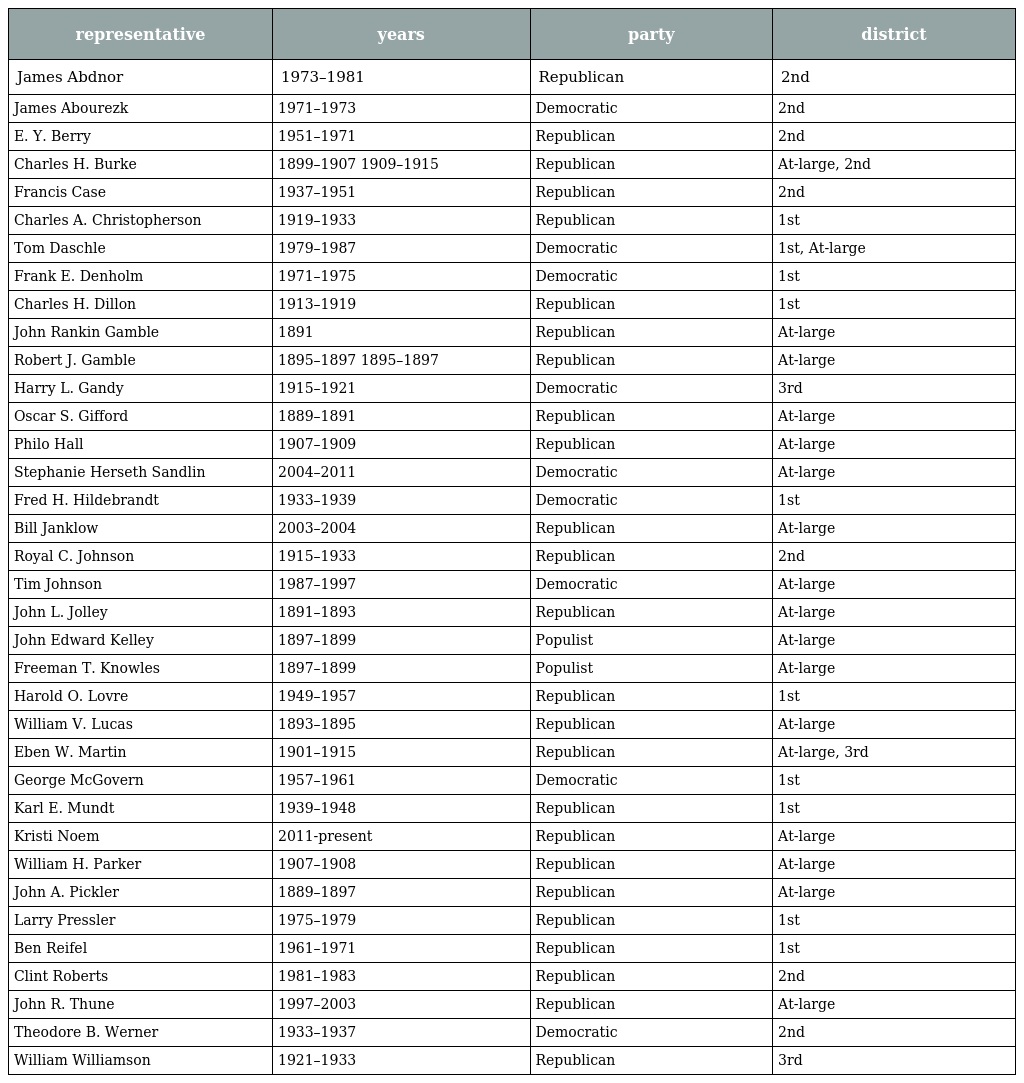
| representative | years | party | district |
 | --- | --- | --- | --- |
 | James Abdnor | 1973–1981 | Republican | 2nd |
 | James Abourezk | 1971–1973 | Democratic | 2nd |
 | E. Y. Berry | 1951–1971 | Republican | 2nd |
 | Charles H. Burke | 1899–1907 1909–1915 | Republican | At-large, 2nd |
 | Francis Case | 1937–1951 | Republican | 2nd |
 | Charles A. Christopherson | 1919–1933 | Republican | 1st |
 | Tom Daschle | 1979–1987 | Democratic | 1st, At-large |
 | Frank E. Denholm | 1971–1975 | Democratic | 1st |
 | Charles H. Dillon | 1913–1919 | Republican | 1st |
 | John Rankin Gamble | 1891 | Republican | At-large |
 | Robert J. Gamble | 1895–1897 1895–1897 | Republican | At-large |
 | Harry L. Gandy | 1915–1921 | Democratic | 3rd |
 | Oscar S. Gifford | 1889–1891 | Republican | At-large |
 | Philo Hall | 1907–1909 | Republican | At-large |
 | Stephanie Herseth Sandlin | 2004–2011 | Democratic | At-large |
 | Fred H. Hildebrandt | 1933–1939 | Democratic | 1st |
 | Bill Janklow | 2003–2004 | Republican | At-large |
 | Royal C. Johnson | 1915–1933 | Republican | 2nd |
 | Tim Johnson | 1987–1997 | Democratic | At-large |
 | John L. Jolley | 1891–1893 | Republican | At-large |
 | John Edward Kelley | 1897–1899 | Populist | At-large |
 | Freeman T. Knowles | 1897–1899 | Populist | At-large |
 | Harold O. Lovre | 1949–1957 | Republican | 1st |
 | William V. Lucas | 1893–1895 | Republican | At-large |
 | Eben W. Martin | 1901–1915 | Republican | At-large, 3rd |
 | George McGovern | 1957–1961 | Democratic | 1st |
 | Karl E. Mundt | 1939–1948 | Republican | 1st |
 | Kristi Noem | 2011-present | Republican | At-large |
 | William H. Parker | 1907–1908 | Republican | At-large |
 | John A. Pickler | 1889–1897 | Republican | At-large |
 | Larry Pressler | 1975–1979 | Republican | 1st |
 | Ben Reifel | 1961–1971 | Republican | 1st |
 | Clint Roberts | 1981–1983 | Republican | 2nd |
 | John R. Thune | 1997–2003 | Republican | At-large |
 | Theodore B. Werner | 1933–1937 | Democratic | 2nd |
 | William Williamson | 1921–1933 | Republican | 3rd |